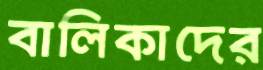
বালিকাদের